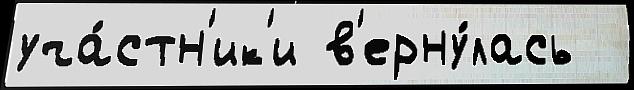
уча́стн'ик'и в'ерну́лась